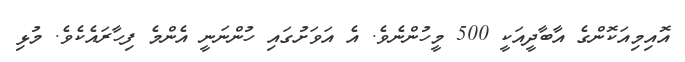
އޮއިމިއަކޮންގެ އާބާދީއަކީ 500 މީހުންނެވެ. އެ އަވަށުގައި ހުންނަނީ އެންމެ ފިހާރައެކެވެ. މުޅި